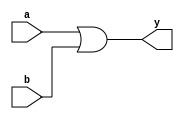
`timescale 1ns / 1ps
//////////////////////////////////////////////////////////////////////////////////
// Company: 
// Engineer: 
// 
// Design Name: 
// Module Name:    or_1 
// Project Name: 
// Target Devices: 
// Tool versions: 
// Description: 
//
// Dependencies: 
//
// Revision: 
// Revision 0.01 - File Created
// Additional Comments: 
//
//////////////////////////////////////////////////////////////////////////////////
module or_1(
    input a,
    input b,
    output y
    );

or(y,a,b);
endmodule